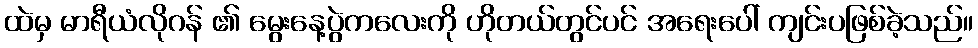
ထဲမှ မာရီယံလိုဂန် ၏ မွေးနေ့ပွဲကလေးကို ဟိုတယ်တွင်ပင် အရေးပေါ် ကျင်းပဖြစ်ခဲ့သည်။